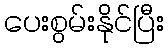
ပေးစွမ်းနိုင်ပြီး